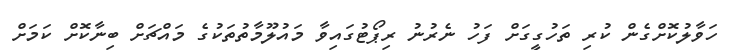
ހަވާލުކޮށްގެން ކުރި ތަހުގީގަށް ފަހު ނެރުނު ރިޕޯޓުގައިވާ މައުލޫމާތުތަކުގެ މައްޗަށް ބިނާކޮށް ކަމަށް